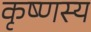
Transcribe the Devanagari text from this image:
कृष्णस्य